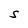
Character: S